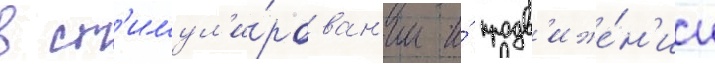
в ст'имул'и́рован'ии и́ продв'иже́н'ии